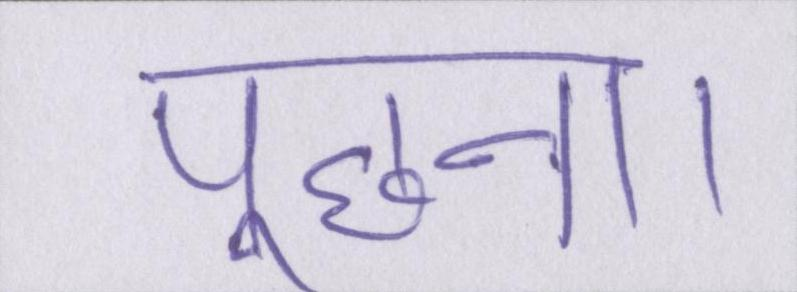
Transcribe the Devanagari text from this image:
पूछना।